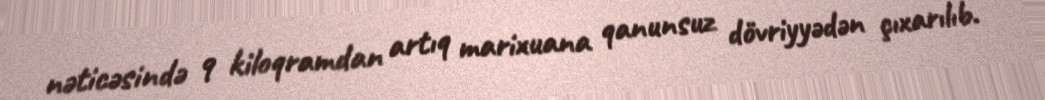
nəticəsində 9 kiloqramdan artıq marixuana qanunsuz dövriyyədən çıxarılıb.